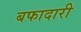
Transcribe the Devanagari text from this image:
बफादारी